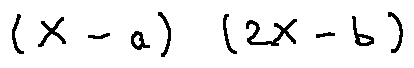
( X - a ) ( 2 X - b )